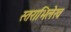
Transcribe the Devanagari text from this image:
स्तराभिलेख